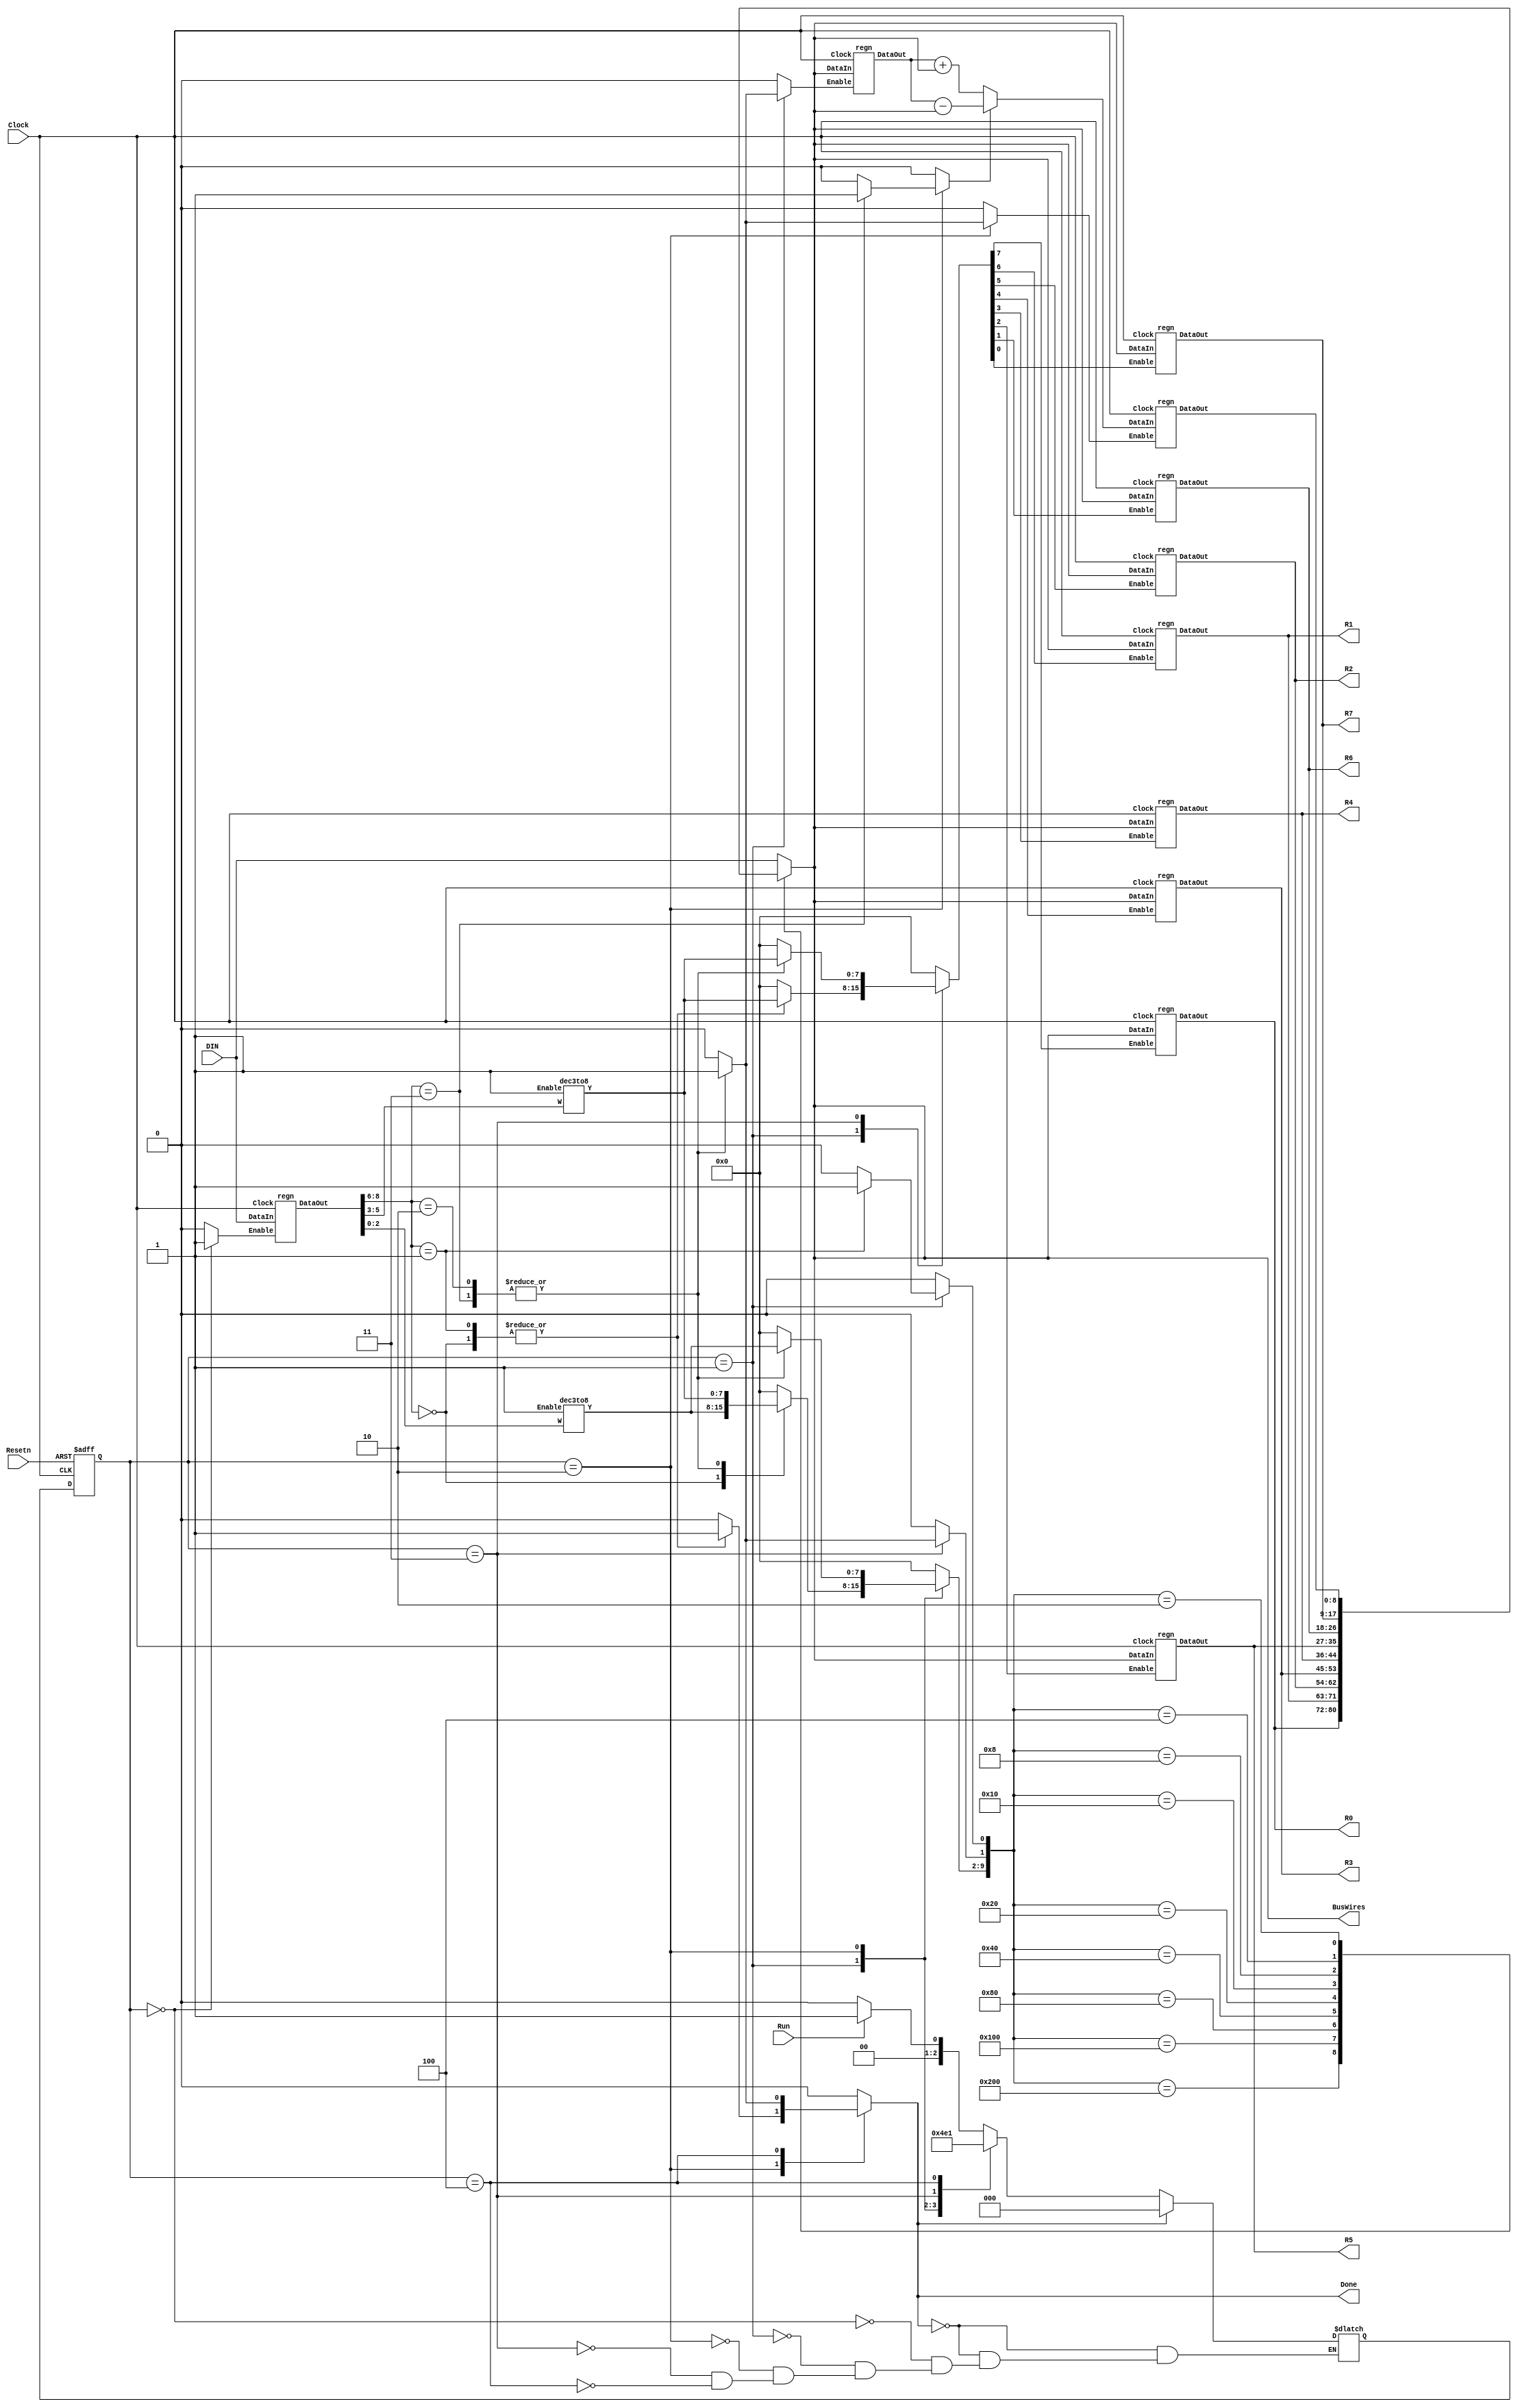
module processor(DIN, Clock, Resetn, Run, BusWires, Done, R0, R1, R2, R3, R4, R5, R6, R7);
	input [8:0]DIN;
	input Clock, Resetn, Run;
	
	output reg [8:0]BusWires;
	output reg Done;
	
	parameter PRE = 3'b000,
				 T0 = 3'b001,
				 T1 = 3'b010,
				 T2 = 3'b011,
				 T3 = 3'b100;
	reg [2:0] current_state, next_state;
	reg [0:7]Rin, Rout;
	reg Ain, 
		 Gin, 
		 Gout,
		 DINout,
		 AddSub,
		 IRin;
	reg [8:0]Sum;
	
//	wire [8:0]R[0:7];
	output [8:0]R0, R1, R2, R3, R4, R5, R6, R7;
	wire [8:0]A, G;
	wire [1:9]IR;
	wire [0:7]Xreg, Yreg;
	wire [1:10]Sel;
	wire [2:0]I;
	
	parameter mv  = 3'b000,
				 mvi = 3'b001,
				 add = 3'b010,
				 sub = 3'b011;
	
	assign I = IR[1:3];
	dec3to8 decX(.W(IR[4:6]), .Enable(1'b1), .Y(Xreg));
	dec3to8 decY(.W(IR[7:9]), .Enable(1'b1), .Y(Yreg));
	
	regn instructionReg(.DataIn(DIN), .Clock(Clock), .Enable(IRin), .DataOut(IR));
	
	always@(Done, current_state, Run)
	begin
		if(Done)
			next_state = PRE;
		else 
		begin
			case(current_state)
			PRE: if(!Run) next_state = PRE;
				 else 	 next_state = T0;
				 
			T0: next_state = T1;	 
			T1: next_state = T2;
			T2: next_state = T3;
			T3: next_state = T0;
			endcase
		end
	end
	
	always@(current_state, Xreg, Yreg, I)
	begin
		Rin	 = 8'b0;
		Rout	 = 8'b0;
		Ain 	 = 1'b0;
		AddSub = 1'b0;
		Gin	 = 1'b0;
		Gout	 = 1'b0;
		DINout = 1'b0;
		IRin	 = 1'b0;
		Done	 = 1'b0;
		
		case (current_state)
			PRE: 
				IRin  = 1'b1;
				
			T0: 
			begin
				case(I)
				mv: 
				begin
					Rout = Yreg;
					Rin  = Xreg;
	//				Done = 1'b1;
				end
					
				mvi:
				begin
					DINout = 1'b1;
					Rin 	 = Xreg;
	//				Done 	 = 1'b1;
				end
				
				add, sub:
				begin
					Rout = Xreg;
					Ain  = 1'b1;
				end
				
				default: ;
				
				endcase
			end
				
			T1:
			begin
				case(I)
				mv, mvi:
					Done = 1'b1;
				
				add: 
				begin
					Rout   = Yreg;
					AddSub = 1'b0;
					Gin	 = 1'b1;
				end
				
				sub:
				begin
					Rout   = Yreg;
					AddSub = 1'b1;
					Gin	 = 1'b1;
				end
				
				default: ;
				
				endcase
			end
			
			T2: 
			begin
				case(I)
				add, sub:
				begin
					Gout = 1'b1;
					Rin  = Xreg;
	//				Done = 1'b1;
				end
					
				default: ;
				endcase
			end
			
			T3:
			begin
				case(I)
				add,sub:
					Done = 1'b1;
				
				default: ;
				endcase
			
			end
		endcase
	end
	
	always@(posedge Clock, negedge Resetn)
	begin
		if(!Resetn)
			current_state = PRE;
		else 
			current_state <= next_state;
	end
	
	regn reg_0 (.DataIn(BusWires), .Clock(Clock), .Enable(Rin[0]), .DataOut(R0));
	regn reg_1 (.DataIn(BusWires), .Clock(Clock), .Enable(Rin[1]), .DataOut(R1));
	regn reg_2 (.DataIn(BusWires), .Clock(Clock), .Enable(Rin[2]), .DataOut(R2));
	regn reg_3 (.DataIn(BusWires), .Clock(Clock), .Enable(Rin[3]), .DataOut(R3));
	regn reg_4 (.DataIn(BusWires), .Clock(Clock), .Enable(Rin[4]), .DataOut(R4));
	regn reg_5 (.DataIn(BusWires), .Clock(Clock), .Enable(Rin[5]), .DataOut(R5));
	regn reg_6 (.DataIn(BusWires), .Clock(Clock), .Enable(Rin[6]), .DataOut(R6));
	regn reg_7 (.DataIn(BusWires), .Clock(Clock), .Enable(Rin[7]), .DataOut(R7));
	
	regn reg_A (.DataIn(BusWires), .Clock(Clock), .Enable(Ain), .DataOut(A));
	
	always@(A, BusWires, AddSub)
	begin
		if(!AddSub)
			Sum = A + BusWires;
		else 
			Sum = A - BusWires;
	end
	
	regn reg_G (.DataIn(Sum), .Clock(Clock), .Enable(Gin), .DataOut(G));
	
	assign Sel = {Rout, Gout, DINout};
	always@(Sel, R0, R1, R2, R3, R4, R5, R6, R7, G, DIN)
	begin
		case(Sel)
		10'b1000000000: BusWires = R0;
		10'b0100000000: BusWires = R1;
		10'b0010000000: BusWires = R2;
		10'b0001000000: BusWires = R3;
		10'b0000100000: BusWires = R4;
		10'b0000010000: BusWires = R5;
		10'b0000001000: BusWires = R6;
		10'b0000000100: BusWires = R7;
		10'b0000000010: BusWires = G;
		default		  : BusWires = DIN;
		endcase
	end
	
endmodule


module dec3to8 (W, Enable, Y);
	input [2:0]W;
	input Enable;
	output reg [0:7]Y;
	
	always@(W, Enable)
	begin
		if(Enable)
		begin
			case(W)
			3'b000: Y = 8'b10000000;
			3'b001: Y = 8'b01000000;
			3'b010: Y = 8'b00100000;
			3'b011: Y = 8'b00010000;
			3'b100: Y = 8'b00001000;
			3'b101: Y = 8'b00000100;
			3'b110: Y = 8'b00000010;
			3'b111: Y = 8'b00000001;
			endcase
		end
	end

endmodule

module regn (DataIn, Clock, Enable, DataOut);
	parameter n = 9;
	input [n-1:0]DataIn;
	input Clock, Enable;
	output reg [n-1:0]DataOut;
	
	always@(posedge Clock)
		if(Enable)
			DataOut <= DataIn;
			
endmodule